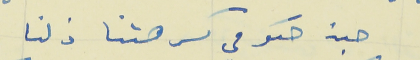
هبة حكومي كرهتنا ذلنا